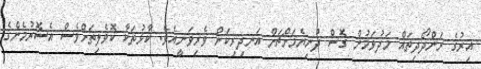
އިރުގެ ރަންދޯދިތައް މަދުވަމުން ގޮސް ދުނިޔެމަށްޗަށް އަނދިރިކަން ވެރިވަނީއެވެ. ކާޅުތަކާ ކޮވެލިތަށްވެސް އެސޮރުމެންގެ